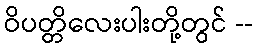
ဝိပတ္တိလေးပါးတို့တွင် --